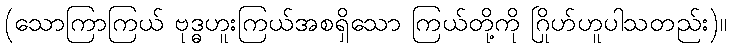
(သောကြာကြယ် ဗုဒ္ဓဟူးကြယ်အစရှိသော ကြယ်တို့ကို ဂြိုဟ်ဟူပါသတည်း)။